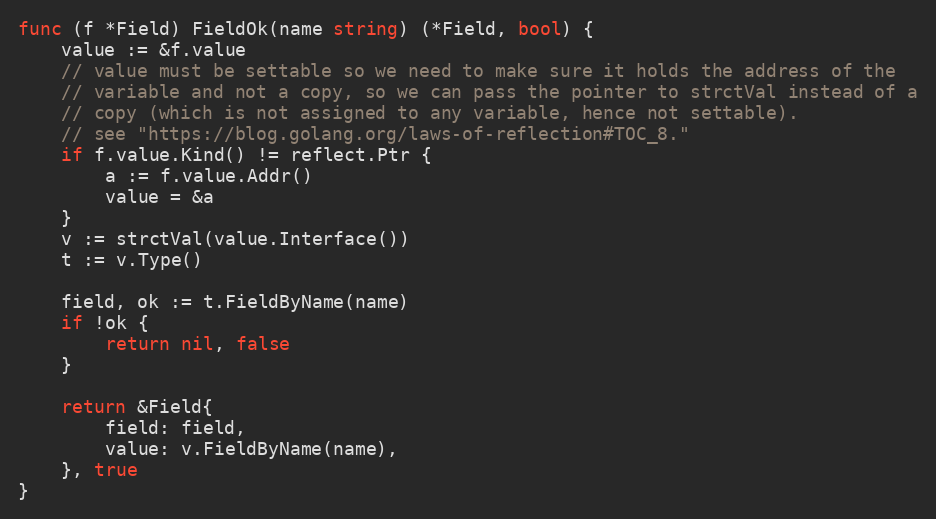
Language: Go
func (f *Field) FieldOk(name string) (*Field, bool) {
	value := &f.value
	// value must be settable so we need to make sure it holds the address of the
	// variable and not a copy, so we can pass the pointer to strctVal instead of a
	// copy (which is not assigned to any variable, hence not settable).
	// see "https://blog.golang.org/laws-of-reflection#TOC_8."
	if f.value.Kind() != reflect.Ptr {
		a := f.value.Addr()
		value = &a
	}
	v := strctVal(value.Interface())
	t := v.Type()

	field, ok := t.FieldByName(name)
	if !ok {
		return nil, false
	}

	return &Field{
		field: field,
		value: v.FieldByName(name),
	}, true
}